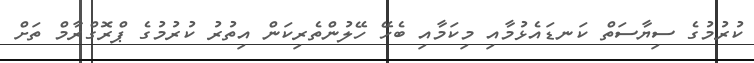
ކުރުމުގެ ސިޔާސަތް ކަނޑައެޅުމާއި މިކަމާއި ބެހޭ ހޭލުންތެރިކަން އިތުރު ކުރުމުގެ ޕްރޮގްރާމް ތަށް